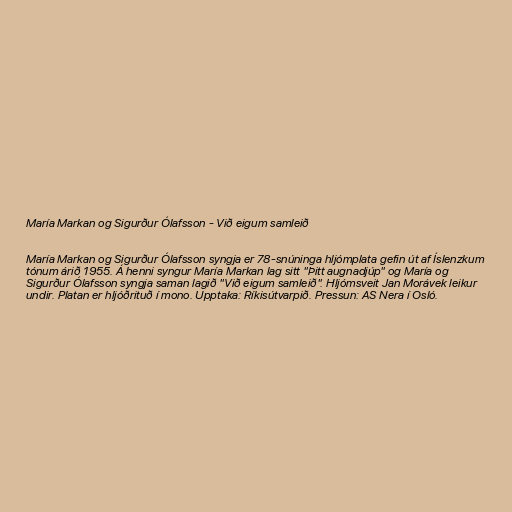
María Markan og Sigurður Ólafsson - Við eigum samleið

María Markan og Sigurður Ólafsson syngja er 78-snúninga hljómplata gefin út af Íslenzkum
tónum árið 1955. Á henni syngur María Markan lag sitt "Þitt augnadjúp" og María og
Sigurður Ólafsson syngja saman lagið "Við eigum samleið". Hljómsveit Jan Morávek leikur
undir. Platan er hljóðrituð í mono. Upptaka: Ríkisútvarpið. Pressun: AS Nera í Osló.